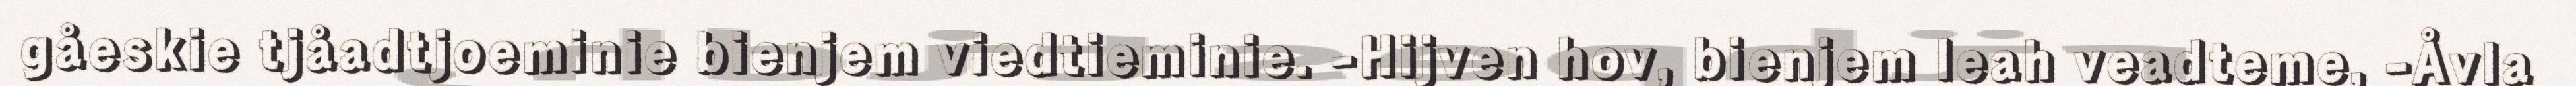
gåeskie tjåadtjoeminie bienjem viedtieminie. -Hijven hov, bienjem leah veadteme, -Åvla